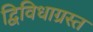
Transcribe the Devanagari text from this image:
द्विविधाग्रस्त